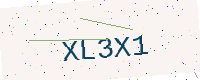
Text: XL3X1